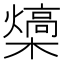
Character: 𪴍